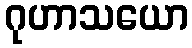
ဂုဟာသယော